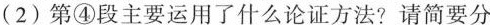
（2）第④段主要运用了什么论证方法？请简要分